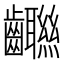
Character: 𱌨